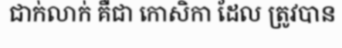
ជាក់លាក់ គឺជា កោសិកា ដែល ត្រូវបាន